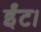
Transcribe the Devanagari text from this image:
ईंट।